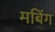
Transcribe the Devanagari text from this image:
मबिंग